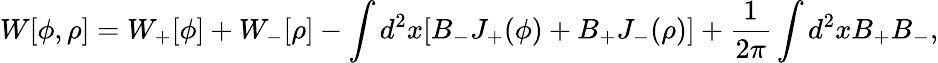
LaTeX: W[\phi,\rho]=W_{+}[\phi]+W_{-}[\rho]-\int d^{2}x[B_{-}J_{+}(\phi)+B_{+}J_{-}(\rho)]+{\frac{1}{2\pi}}\int d^{2}xB_{+}B_{-},